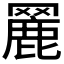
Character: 𦌏